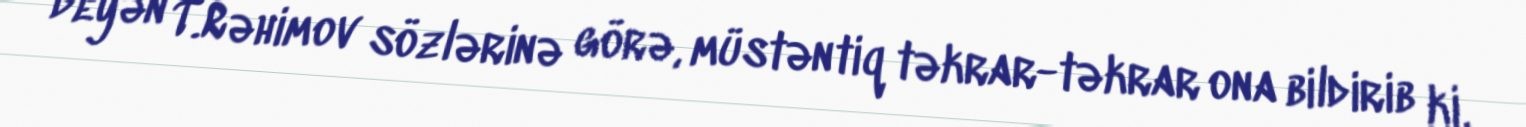
deyən T.Rəhimov sözlərinə görə, müstəntiq təkrar-təkrar ona bildirib ki,